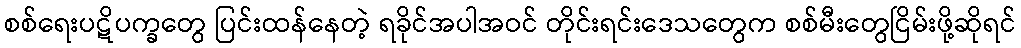
စစ်ရေးပဋိပက္ခတွေ ပြင်းထန်နေတဲ့ ရခိုင်အပါအဝင် တိုင်းရင်းဒေသတွေက စစ်မီးတွေငြိမ်းဖို့ဆိုရင်